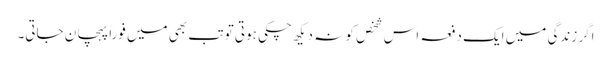
اگر زندگی میں ایک دفعہ اس شخص کو نہ دیکھ چکی ہوتی تو تب بھی میں فوراً پہچان جاتی۔